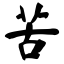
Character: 苦